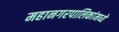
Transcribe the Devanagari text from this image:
महानगरपालिकांमध्ये